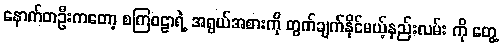
နောက်တဦးကတော့ စကြဝဠာရဲ့ အရွယ်အစားကို တွက်ချက်နိုင်မယ့်နည်းလမ်း ကို တွေ့